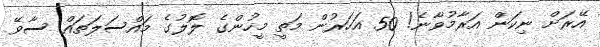
އޭރަށް ނިކަން އަރާމުވާނެ! 50 އަހަރުން މަތީ މީހުންގެ ލޮލުގެ މައްސަލަތައް ސާވޭ